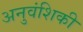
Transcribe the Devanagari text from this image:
अनुवंशिकी